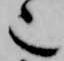
也